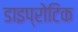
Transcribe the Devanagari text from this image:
डाइप्रोटिक